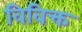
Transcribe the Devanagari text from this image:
विविक्त